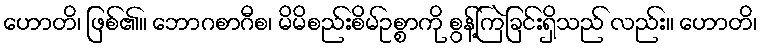
ဟောတိ၊ ဖြစ်၏။ ဘောဂစာဂီစ၊ မိမိစည်းစိမ်ဥစ္စာကို စွန့်ကြဲခြင်းရှိသည် လည်း။ ဟောတိ၊